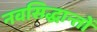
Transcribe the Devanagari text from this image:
नवसिद्धान्तों